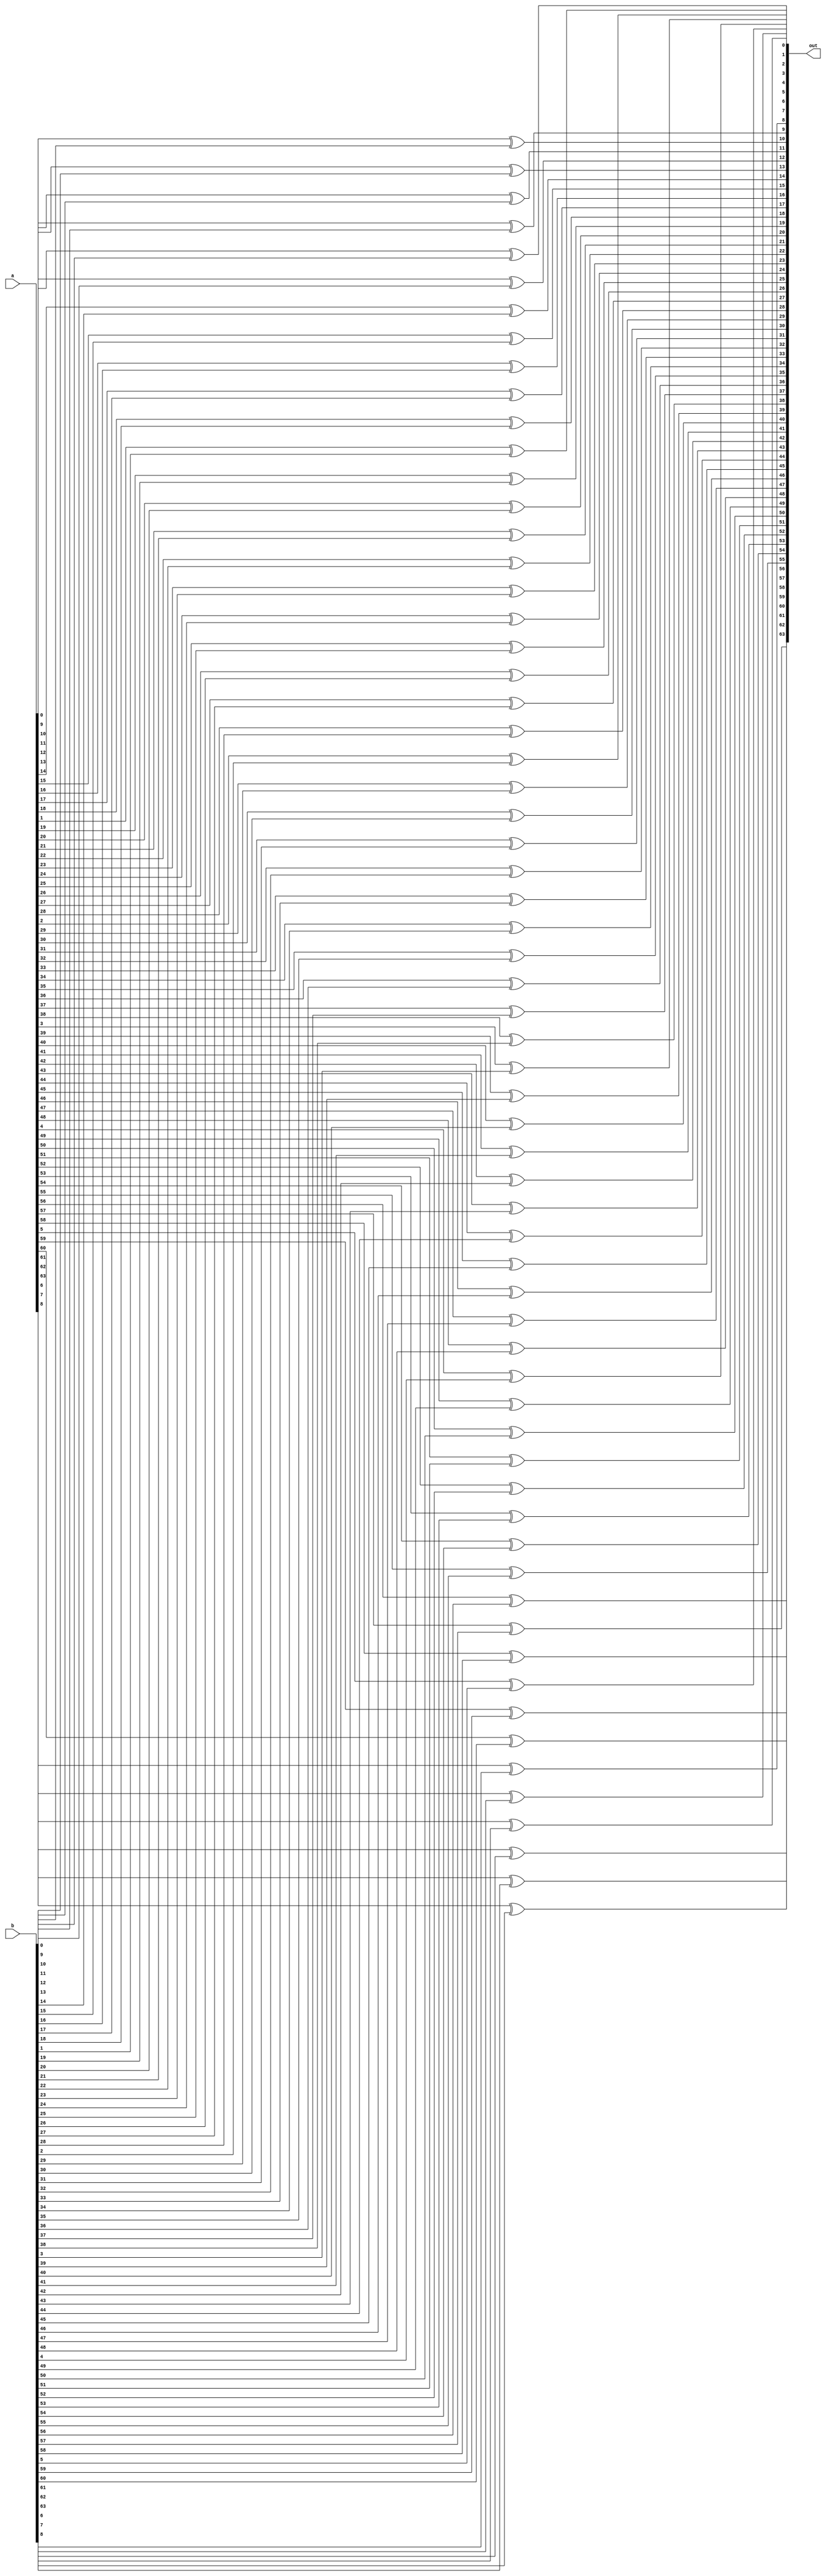
module xor_64b(
  input signed [63:0]a,
  input signed [63:0]b,
  output signed [63:0]out
);

genvar i;
generate
    for(i=0;i<64;i=i+1)begin
    xor g1 (out[i],a[i],b[i]);
    end
endgenerate

endmodule